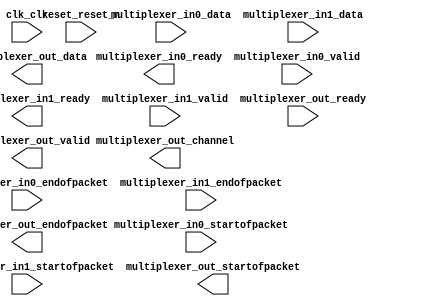
module avalon_st_multiplexer (
		input  wire        clk_clk,                       //             clk.clk
		input  wire [71:0] multiplexer_in0_data,          // multiplexer_in0.data
		input  wire        multiplexer_in0_endofpacket,   //                .endofpacket
		output wire        multiplexer_in0_ready,         //                .ready
		input  wire        multiplexer_in0_startofpacket, //                .startofpacket
		input  wire        multiplexer_in0_valid,         //                .valid
		input  wire [71:0] multiplexer_in1_data,          // multiplexer_in1.data
		input  wire        multiplexer_in1_endofpacket,   //                .endofpacket
		output wire        multiplexer_in1_ready,         //                .ready
		input  wire        multiplexer_in1_startofpacket, //                .startofpacket
		input  wire        multiplexer_in1_valid,         //                .valid
		output wire        multiplexer_out_channel,       // multiplexer_out.channel
		output wire [71:0] multiplexer_out_data,          //                .data
		output wire        multiplexer_out_endofpacket,   //                .endofpacket
		input  wire        multiplexer_out_ready,         //                .ready
		output wire        multiplexer_out_startofpacket, //                .startofpacket
		output wire        multiplexer_out_valid,         //                .valid
		input  wire        reset_reset_n                  //           reset.reset_n
	);
endmodule